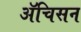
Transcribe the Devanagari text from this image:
ॲचिसन